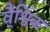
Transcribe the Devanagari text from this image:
वै्श्विक